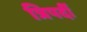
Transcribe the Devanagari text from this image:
त्रिपदीं